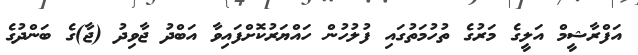
އަފްރާޝީމް އަލީގެ މަރުގެ ތުހުމަތުގައި ފުލުހުން ހައްޔަރުކޮށްފައިވާ އަބްދު ޖާވިދު (ޖާ)ގެ ބަންދުގެ